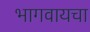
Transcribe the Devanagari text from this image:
भागवायचा